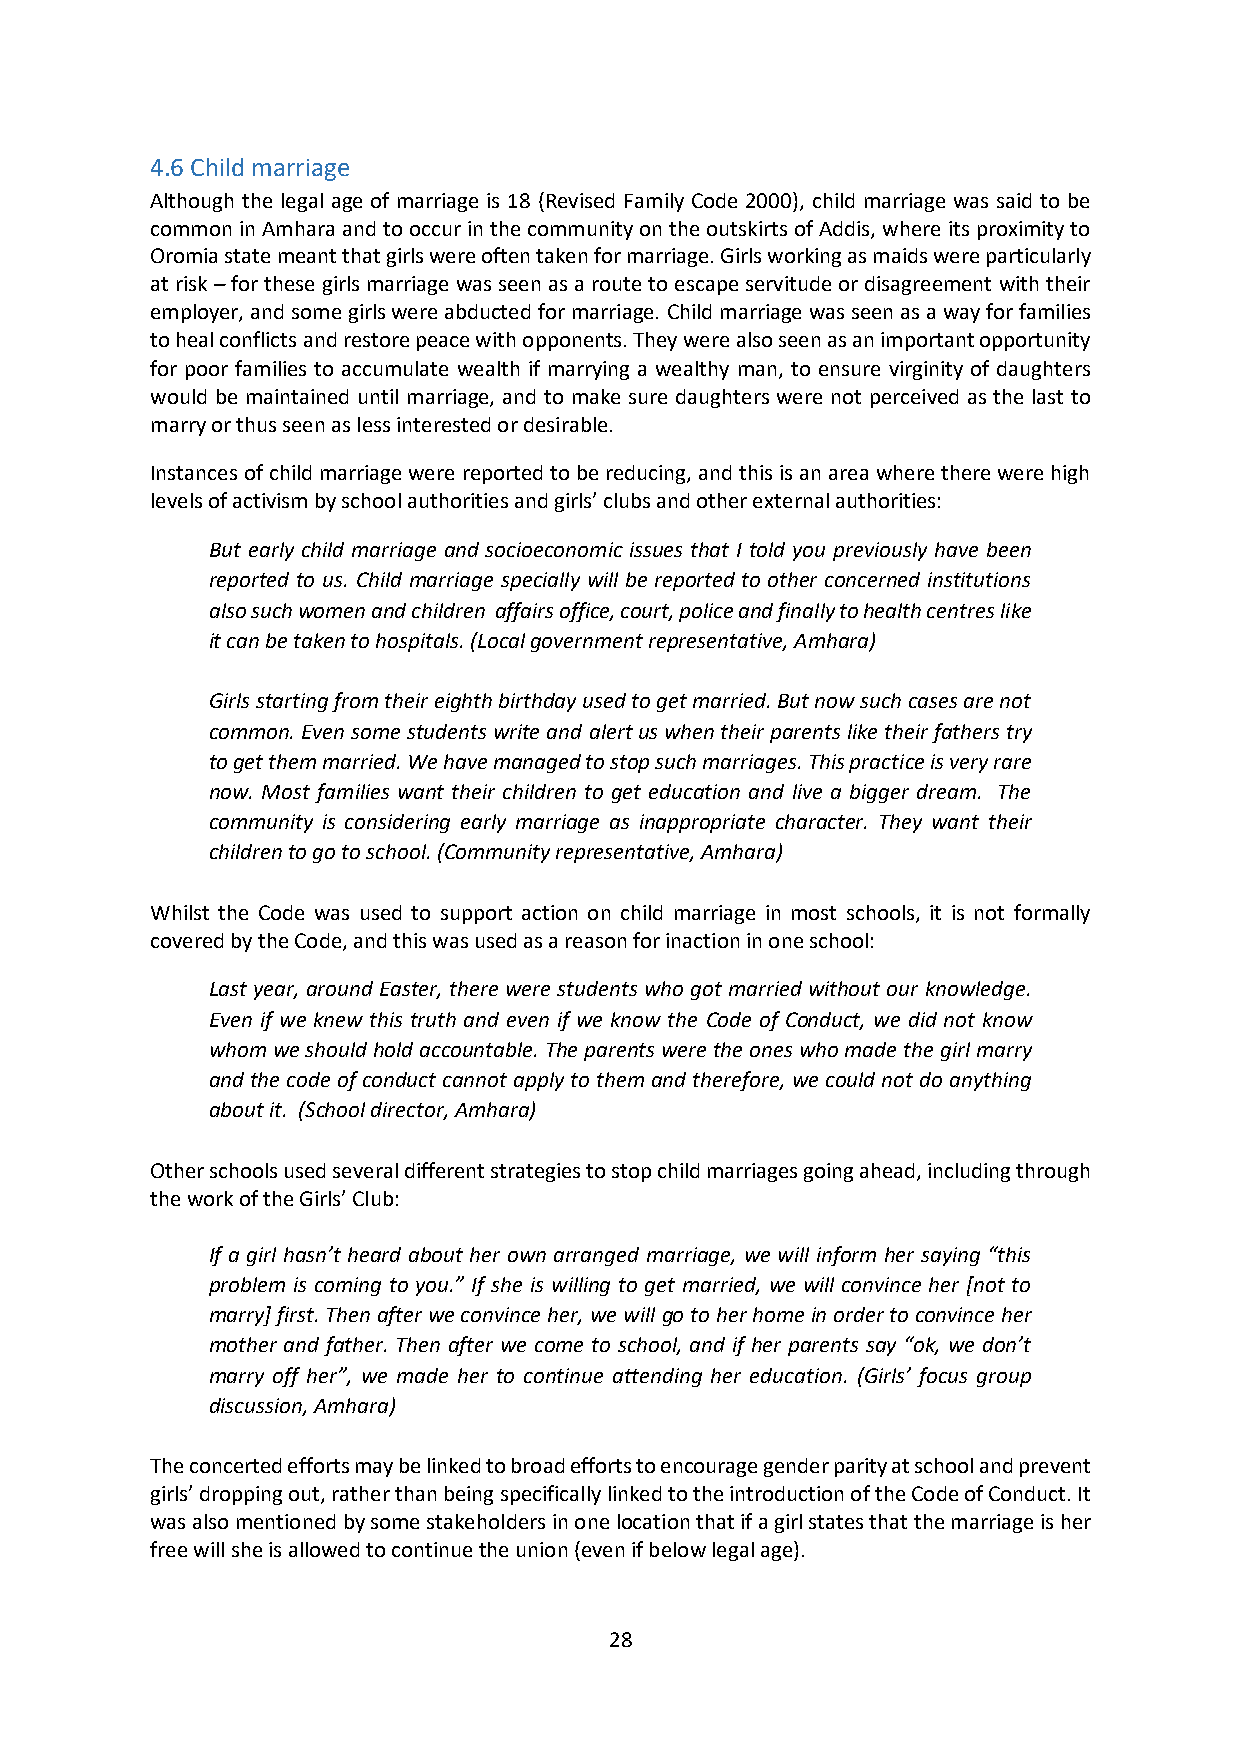
4.6 Child marriage
 Although the legal age of marriage is 18 (Revised Family Code 2000), child marriage was said to be
 common in Amhara and to occur in the community on the outskirts of Addis, where its proximity to
 Oromia state meant that girls were often taken for marriage. Girls working as maids were particularly
 at risk – for these girls marriage was seen as a route to escape servitude or disagreement with their
 employer, and some girls were abducted for marriage. Child marriage was seen as a way for families
 to heal conflicts and restore peace with opponents. They were also seen as an important opportunity
 for poor families to accumulate wealth if marrying a wealthy man, to ensure virginity of daughters
 would be maintained until marriage, and to make sure daughters were not perceived as the last to
 marry or thus seen as less interested or desirable.
 Instances of child marriage were reported to be reducing, and this is an area where there were high
 levels of activism by school authorities and girls’ clubs and other external authorities:
 But early child marriage and socioeconomic issues that I told you previously have been
 reported to us. Child marriage specially will be reported to other concerned institutions
 also such women and children affairs office, court, police and finally to health centres like
 it can be taken to hospitals. (Local government representative, Amhara)
 Girls starting from their eighth birthday used to get married. But now such cases are not
 common. Even some students write and alert us when their parents like their fathers try
 to get them married. We have managed to stop such marriages. This practice is very rare
 now. Most families want their children to get education and live a bigger dream. The
 community is considering early marriage as inappropriate character. They want their
 children to go to school. (Community representative, Amhara)
 Whilst the Code was used to support action on child marriage in most schools, it is not formally
 covered by the Code, and this was used as a reason for inaction in one school:
 Last year, around Easter, there were students who got married without our knowledge.
 Even if we knew this truth and even if we know the Code of Conduct, we did not know
 whom we should hold accountable. The parents were the ones who made the girl marry
 and the code of conduct cannot apply to them and therefore, we could not do anything
 about it. (School director, Amhara)
 Other schools used several different strategies to stop child marriages going ahead, including through
 the work of the Girls’ Club:
 If a girl hasn’t heard about her own arranged marriage, we will inform her saying “this
 problem is coming to you.” If she is willing to get married, we will convince her [not to
 marry] first. Then after we convince her, we will go to her home in order to convince her
 mother and father. Then after we come to school, and if her parents say “ok, we don’t
 marry off her”, we made her to continue attending her education. (Girls’ focus group
 discussion, Amhara)
 The concerted efforts may be linked to broad efforts to encourage gender parity at school and prevent
 girls’ dropping out, rather than being specifically linked to the introduction of the Code of Conduct. It
 was also mentioned by some stakeholders in one location that if a girl states that the marriage is her
 free will she is allowed to continue the union (even if below legal age).
 28